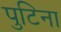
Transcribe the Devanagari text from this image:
पुटिना